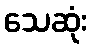
သေဆုံး